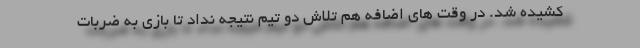
کشیده شد. در وقت های اضافه هم تلاش دو تیم نتیجه نداد تا بازی به ضربات